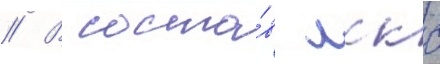
// В соста́в лккс